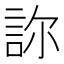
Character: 𧦽